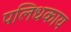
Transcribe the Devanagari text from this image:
पलिधकाय